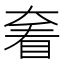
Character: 𡙍